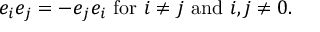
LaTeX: e _ { i } e _ { j } = - e _ { j } e _ { i } \, \, { \mathrm { f o r } } \, \, i \neq j \, \, { \mathrm { a n d } } \, \, i , j \neq 0 .